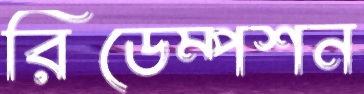
রিডেম্পশন